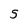
Character: S